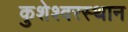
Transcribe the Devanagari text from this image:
कुशेश्वरस्थान